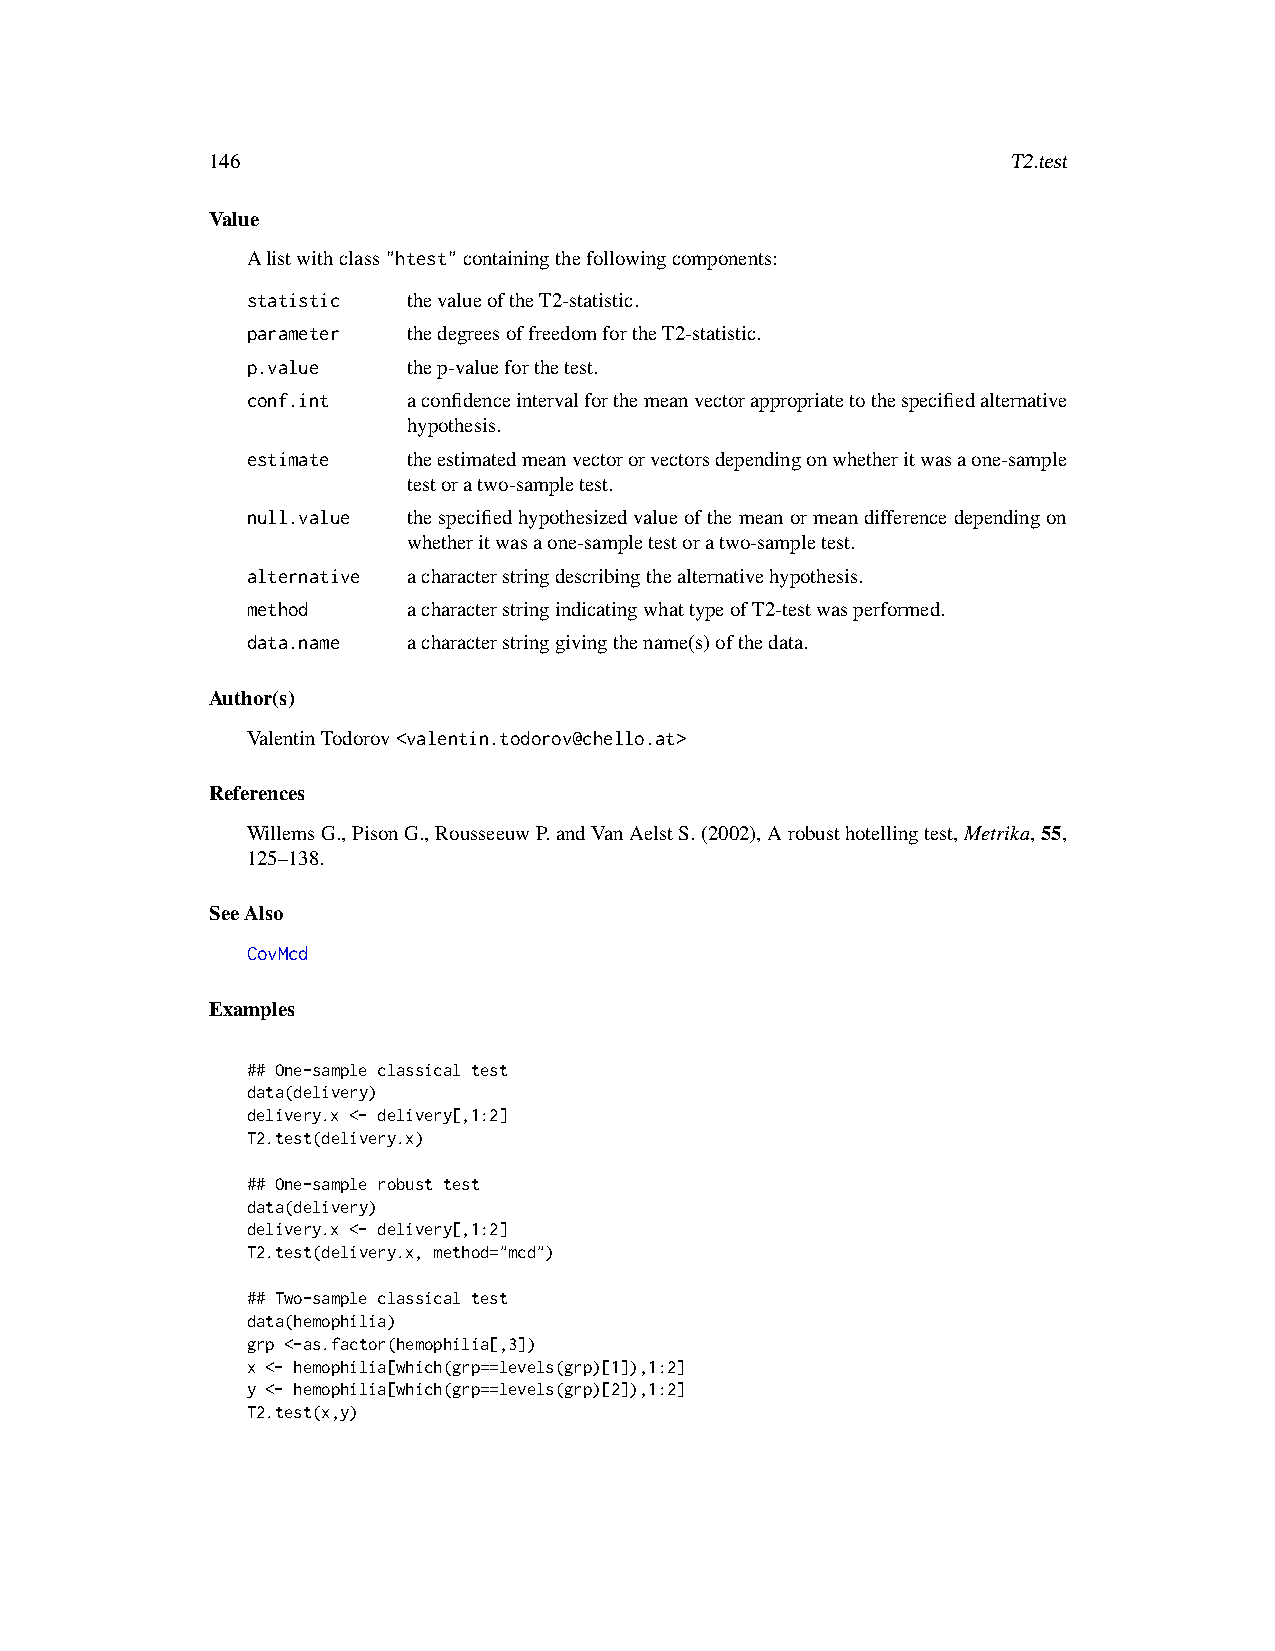
146                                                  T2.test
 Value
 Alistwithclass"htest"containingthefollowingcomponents:
 statistic  thevalueoftheT2-statistic.
 parameter  thedegreesoffreedomfortheT2-statistic.
 p.value    thep-valueforthetest.
 conf.int   aconfidenceintervalforthemeanvectorappropriatetothespecifiedalternative
 hypothesis.
 estimate   theestimatedmeanvectororvectorsdependingonwhetheritwasaone-sample
 testoratwo-sampletest.
 null.value thespecifiedhypothesizedvalueofthemeanormeandifferencedependingon
 whetheritwasaone-sampletestoratwo-sampletest.
 alternative acharacterstringdescribingthealternativehypothesis.
 method     acharacterstringindicatingwhattypeofT2-testwasperformed.
 data.name  acharacterstringgivingthename(s)ofthedata.
 Author(s)
 ValentinTodorov<valentin.todorov@chello.at>
 References
 WillemsG.,PisonG.,RousseeuwP.andVanAelstS.(2002),Arobusthotellingtest,Metrika,55,
 125–138.
 SeeAlso
 CovMcd
 Examples
 ## One-sample classical test
 data(delivery)
 delivery.x <- delivery[,1:2]
 T2.test(delivery.x)
 ## One-sample robust test
 data(delivery)
 delivery.x <- delivery[,1:2]
 T2.test(delivery.x, method="mcd")
 ## Two-sample classical test
 data(hemophilia)
 grp <-as.factor(hemophilia[,3])
 x <- hemophilia[which(grp==levels(grp)[1]),1:2]
 y <- hemophilia[which(grp==levels(grp)[2]),1:2]
 T2.test(x,y)